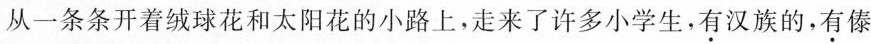
从一条条开着绒球花和太阳花的小路上，走来了许多小学生，\underset{·}{有}汉族的，\underset{·}{有}傣